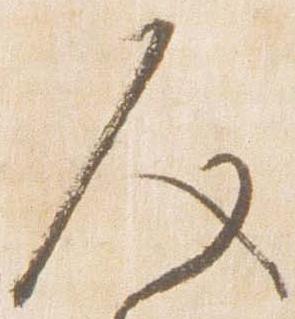
人